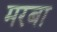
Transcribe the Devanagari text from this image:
मरबा